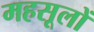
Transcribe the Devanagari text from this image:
महसूलों